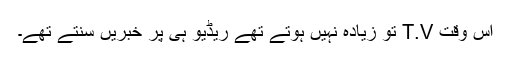
اس وقت T.V تو زیادہ نہیں ہوتے تھے ریڈیو ہی پر خبریں سنتے تھے۔